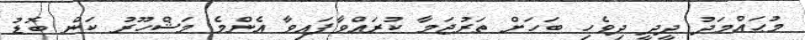
މުޙައްމަދު ދީދީ ދިވެހި ބަހަށް ތަރުޖަމާ ކުރައްވާފައިވާ އެންމެ މަޝްހޫރު ކަން ބޮޑު